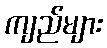
ကျည်များ